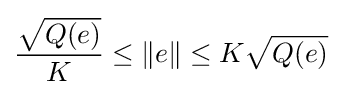
{\frac {\sqrt {Q(e)}}{K}}\leq \|e\|\leq K{\sqrt {Q(e)}}